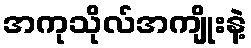
အကုသိုလ်အကျိုးနဲ့